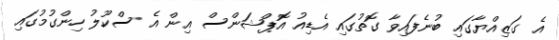
އެ ގަޒިއްޔާގައި ބުނެފައިވާ ގޮތުގައި އެޑިއު އޮޕްޝަންސް އިން އެ ސްކޫލު ހިންގުމުގައި